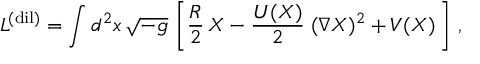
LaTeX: L ^ { \mathrm { ( d i l ) } } = \int d ^ { 2 } x \, \sqrt { - g } \, \left[ \frac { R } { 2 } \, X - \frac { U ( X ) } { 2 } \; ( \nabla X ) ^ { 2 } + V ( X ) \, \right] \, ,